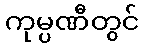
ကုမ္ပဏီတွင်